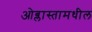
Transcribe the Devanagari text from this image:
ओब्लास्तामधील